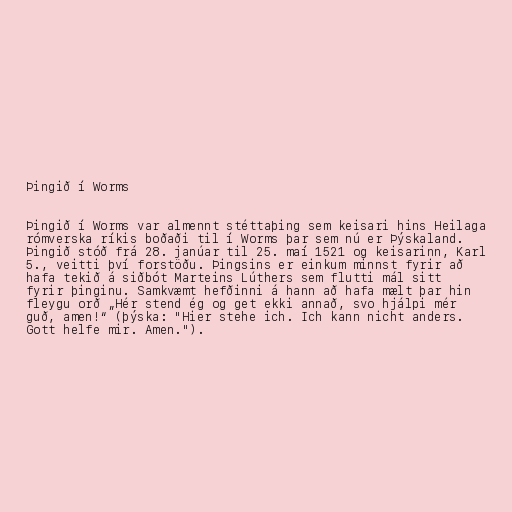
Þingið í Worms

Þingið í Worms var almennt stéttaþing sem keisari hins Heilaga
rómverska ríkis boðaði til í Worms þar sem nú er Þýskaland.
Þingið stóð frá 28. janúar til 25. maí 1521 og keisarinn, Karl
5., veitti því forstöðu. Þingsins er einkum minnst fyrir að
hafa tekið á siðbót Marteins Lúthers sem flutti mál sitt
fyrir þinginu. Samkvæmt hefðinni á hann að hafa mælt þar hin
fleygu orð „Hér stend ég og get ekki annað, svo hjálpi mér
guð, amen!“ (þýska: "Hier stehe ich. Ich kann nicht anders.
Gott helfe mir. Amen.").